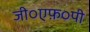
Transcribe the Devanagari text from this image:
जी०एफ़०पी